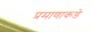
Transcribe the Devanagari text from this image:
प्रमाणाकडे